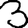
Digit: 3